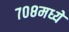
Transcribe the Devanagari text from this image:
७०८मध्ये